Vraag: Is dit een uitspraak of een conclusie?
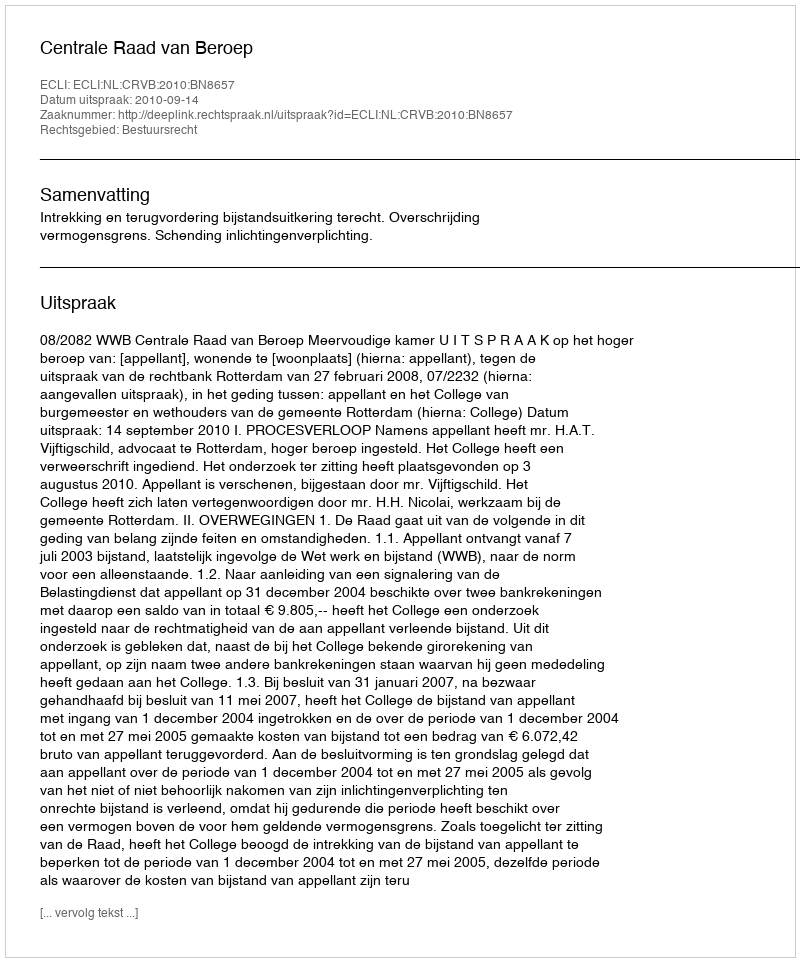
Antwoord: Uitspraak